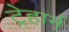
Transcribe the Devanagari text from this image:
ट्रेहार्न